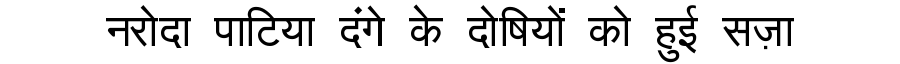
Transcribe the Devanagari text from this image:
नरोदा पाटिया दंगे के दोषियों को हुई सज़ा